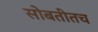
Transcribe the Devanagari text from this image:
सोबतीतच